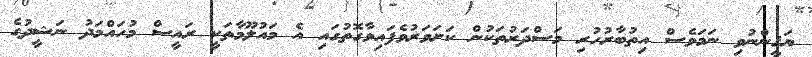
ޔަޤީންނުވި ނަމަވެސް އިތުބާރުހުރި މަސްދަރުތަކުން ކަށަވަރުވެފައިވާގޮތުގައި އެ މައުލޫމާތަކީ ރައީސް މުހައްމަދު ނަޝީދުގެ